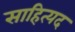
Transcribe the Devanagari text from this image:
साहित्यद